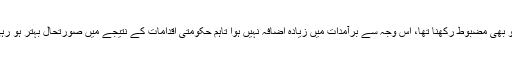
عالمی سطح پر کساد بازاری رہی لیکن ہمیں کرنسی کو بھی مضبوط رکھنا تھا، اس وجہ سے برآمدات میں زیادہ اضافہ نہیں ہوا تاہم حکومتی اقدامات کے نتیجے میں صورتحال بہتر ہو رہی ہے اور برآمد کنندگان کو ایک بڑا پیکیج دیا گیا ہے۔